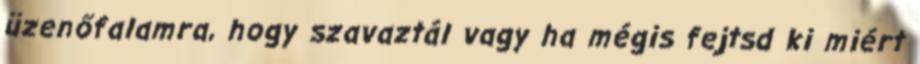
üzenőfalamra, hogy szavaztál vagy ha mégis fejtsd ki miért